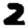
Digit: 2